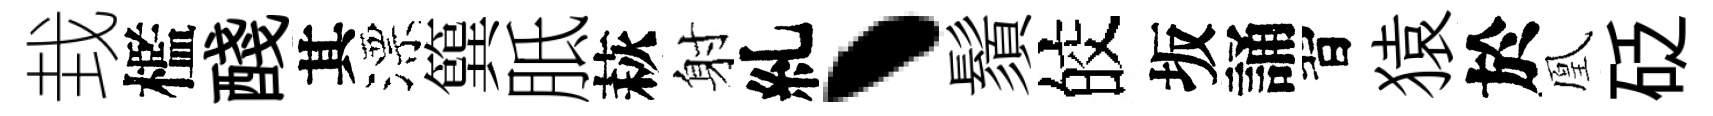
㘽檻醆其漂簨胝萩射糺丶鬚皎坂誦習猿於凰砭